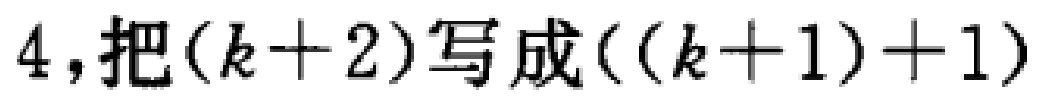
$4,把(k + 2)写成((k + 1)+1)$